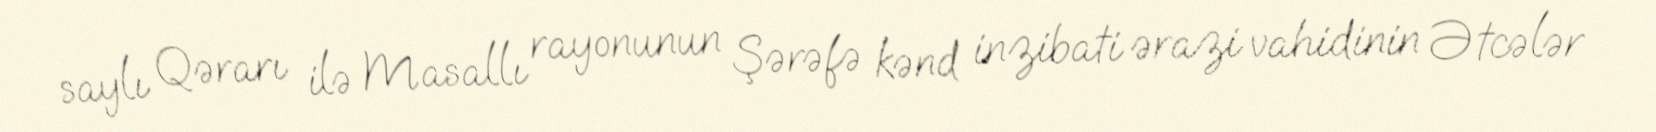
saylı Qərarı ilə Masallı rayonunun Şərəfə kənd inzibati ərazi vahidinin Ətcələr